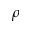
\rho